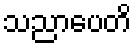
သညာပေတိ